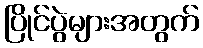
ပြိုင်ပွဲများအတွက်